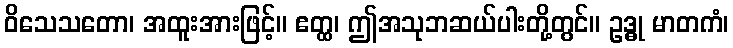
ဝိသေသတော၊ အထူးအားဖြင့်။ ဧတ္ထ၊ ဤအသုဘဆယ်ပါးတို့တွင်။ ဥဒ္ဓု မာတကံ၊